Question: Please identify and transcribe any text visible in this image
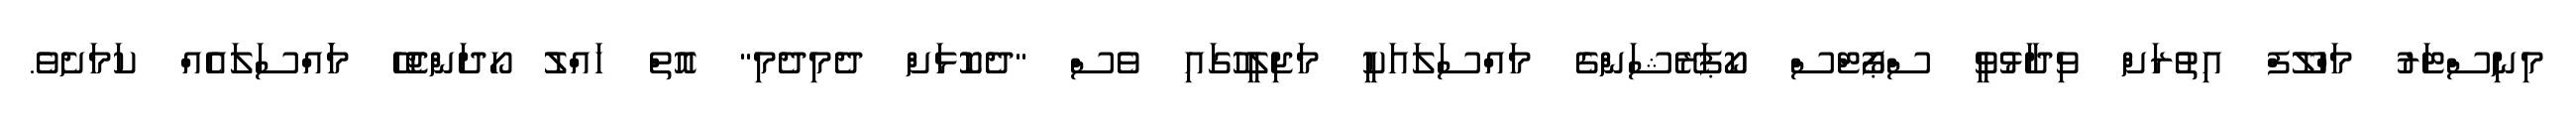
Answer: މިނިސްޓަރު މަހްލޫފް އިތުރަށް ވިދާޅުވީ ސްޕޯޓްސް ކޯޕަރޭޝަންގެ މައްސަލައަކީ މަޖިލީހުގައި ވެސް "ދެކޮޅަށް ދެމިދެމި" އޮތް ހައްލު ހޯދަންޖެހޭ މަައްސަލައެއް ކަމަށެވެ.